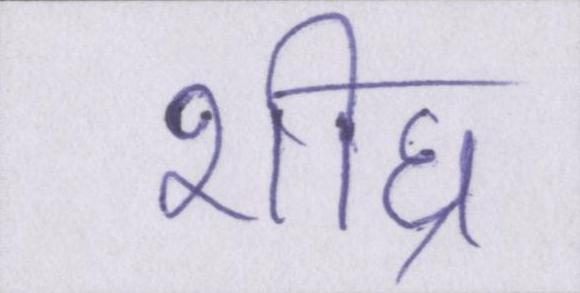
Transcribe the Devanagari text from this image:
शीघ्र